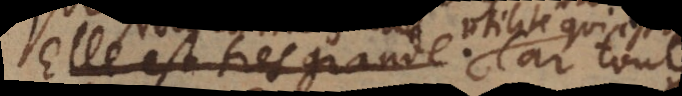
qui est tres grande. Car toutes